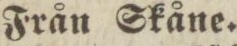
Från Skåne.